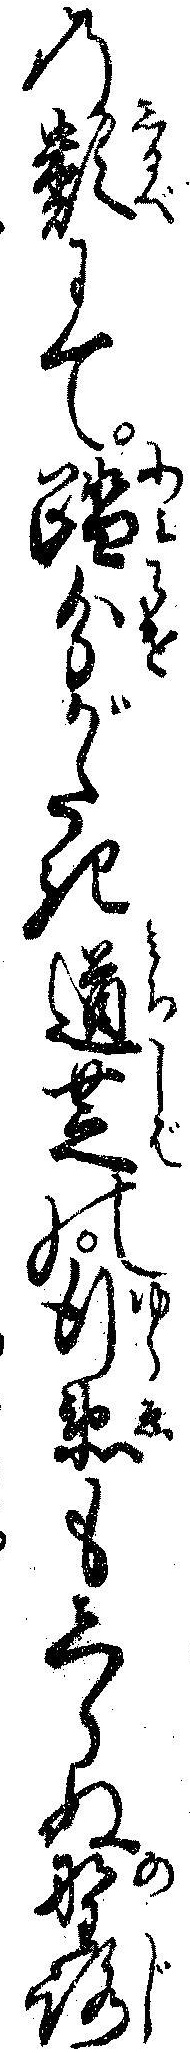
の類にて踏分がたき道芝の行衛もしらぬ野路